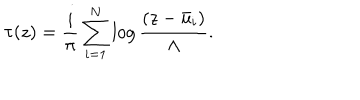
\tau ( z ) = \frac { i } { \pi } \sum _ { i = 1 } ^ { N } \log \frac { ( z - \bar { u } _ { i } ) } { \Lambda } .